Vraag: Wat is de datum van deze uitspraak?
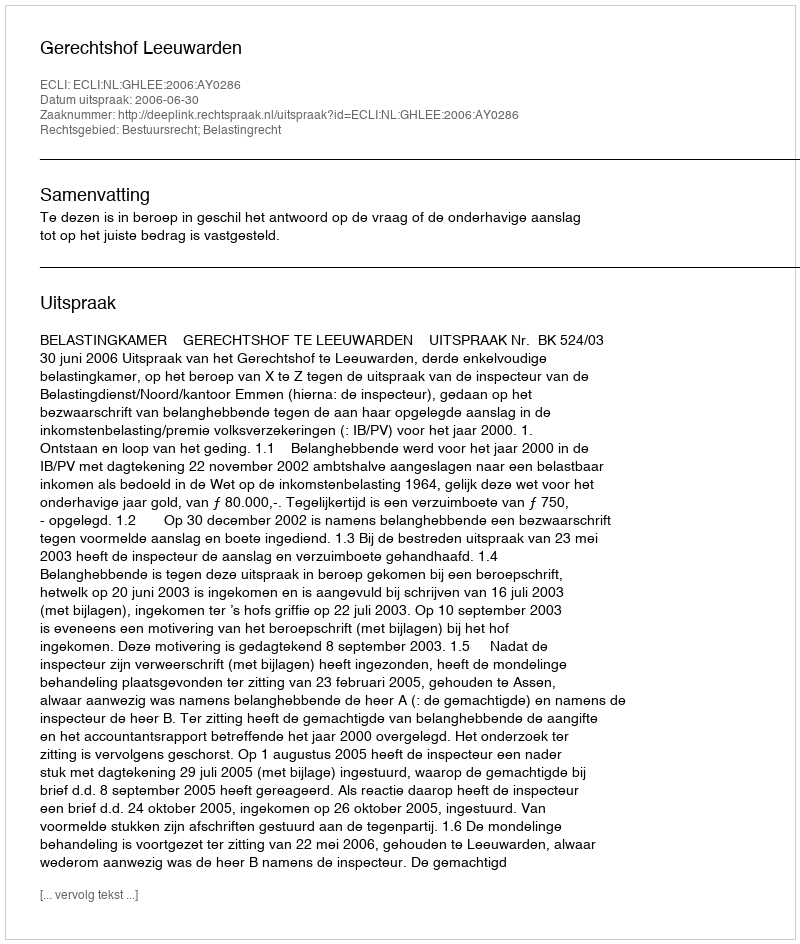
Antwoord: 2006-06-30